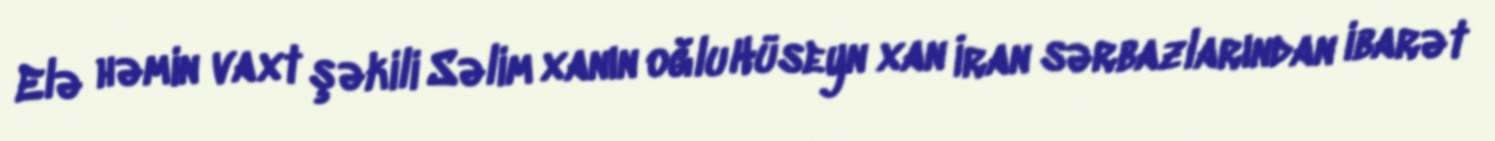
Elə həmin vaxt şəkili Səlim xanın oğlu Hüseyn xan İran sərbazlarından ibarət